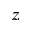
z